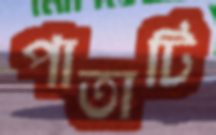
পাতাটি